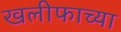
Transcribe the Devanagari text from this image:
खलीफाच्या